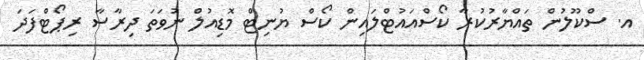
އ. ސްކޫލުން ތައްޔާރުކުރާ ކޯސްއައުޓްލައިން ކޯސް ޔުނިޓް މޮޑިއުލް ނުވަތަ ދިރާސާ ރިޕޯޓްފަދަ